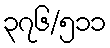
၃၇၆/၅၁၁